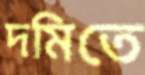
দমিতে